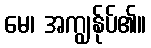
မေ၊ အကျွန်ုပ်၏။